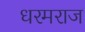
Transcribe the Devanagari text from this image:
धरमराज